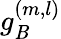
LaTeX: g_{\mathit{B}}^{(m,l)}